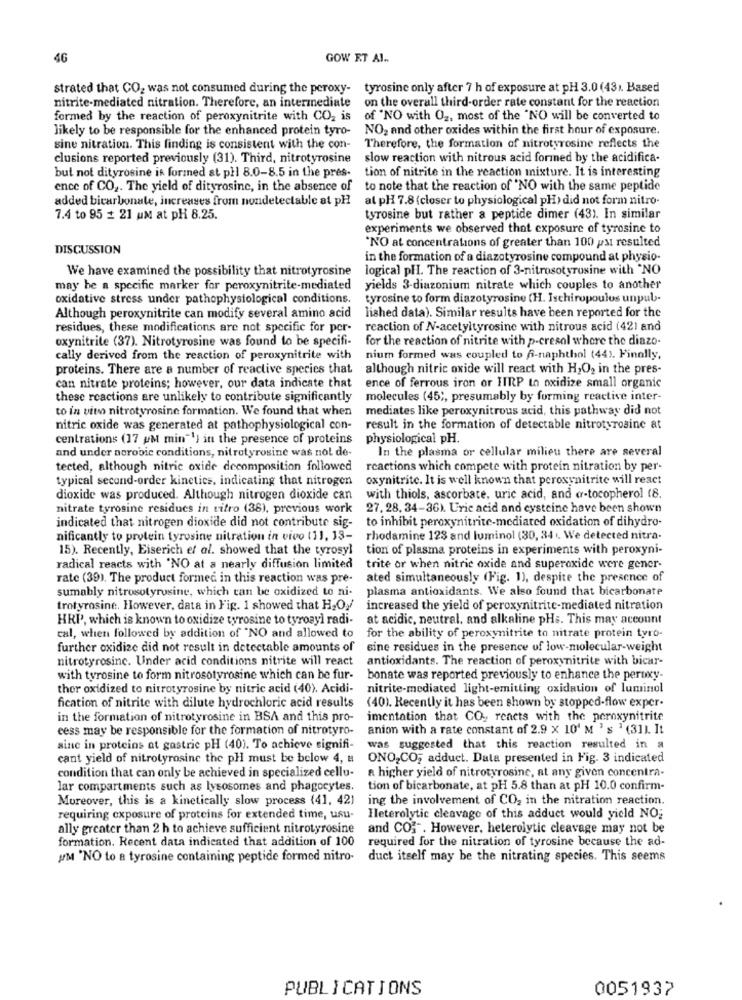
46
GOW ET AL ..
strated that CO2 was not consumed during the peroxy-
tyrosine only after 7 h of exposure at pH 3.0 (43). Based
on the overall third-order rate constant for the reaction
nitrite-mediated nitration. Therefore, an intermediate
formed by the reaction of peroxynitrite with CO2 is
of "NO with O2, most of the "NO will be converted to
likely to be responsible for the enhanced protein tyro-
NO2 and other oxides within the first hour of exposure.
sine nitration. This finding is consistent with the con-
Therefore, the formation of nitrotyrosine reflects the
clusions reported previously (31). Third, nitrotyrosine
slow reaction with nitrous acid formed by the acidifica-
but not dityrosine is formed at pll 8.0-8.5 in the pres- tion of nitrite in the reaction mixture. It is interesting
ence of CO2. The yield of dityrosine, in the absence of to note that the reaction of "NO with the same peptide
added bicarbonate, increases from nondetectable at pl?
al pH 7.8 (closer to physiological pH) did not form nitro-
7.4 to 95 : 21 uM at pH 8.25.
tyrosine but rather a peptide dimer (43). In similar
experiments we observed that exposure of tyrosine to
DISCUSSION
"NO at concentrations of greater than 100 psi resulted
in the formation of a diazotyrosine compound at physio-
We have examined the possibility that nitrotyrosine
logical pHI. The reaction of 3-nitrosotyrosine with "NO
may be a specific marker for peroxynitrite-mediated yields 3-diazonium nitrate which couples to another
oxidative stress under pathophysiological conditions.
tyrosine to form diazotyrosine (H. Ischiropoulos unpub-
Although peroxynitrite can modify several amino acid
lished data). Similar results have been reported for the
residues, these modifications are not specific for per-
reaction of N-acetyltyrosine with nitrous acid (42) and
oxynitrite (37). Nitrotyrosine was found to be specifi-
for the reaction of nitrite with p-cresol where the diazo-
cally derived from the reaction of peroxynitrite with
nium formed was coupled to 6-naphthol (44). Finally,
proteins. There are a number of reactive species that although nitric oxide will react with H,O2 in the pres-
can nitrate proteins; however, our data indicate that ence of ferrous iron or IRP to oxidize small organic
these reactions are unlikely to contribute significantly
molecules (45 ;, presumably by forming reactive inter-
to in vito nitrotyrosine formation. We found that when
mediates like peroxynitrous acid, this pathway did not
nitric oxide was generated at pathophysiological con-
result in the formation of detectable nitrotyrosine at
centrations (17 UM min"') in the presence of proteins
physiological pH.
and under norobic conditions, nitrotyrosine was not de-
In the plasma or cellular milieu there are several
tected, although nitric oxide decomposition followed
reactions which compete with protein nitration by per-
typical second-order kinetics, indicating that nitrogen
oxynitrite. It is well known that peroxynitrite will react
dioxide was produced. Although nitrogen dioxide can
with thiols, ascorbate, uric acid, and a-tocopherol 18.
nitrate tyrosine residues in vitro (38), previous work
27. 28. 34-36). Uric acid and cysteine have been shown
indicated that nitrogen dioxide did not contribute sig- to inhibit peroxynitrite-mediated oxidation of dihydro-
nificantly to protein tyrosine nitration in vivo (11, 13-
rhodamine 123 and luminol (30, 34 .. We detected nitra.
15). Recently, Eiserich et al. showed that the tyrosyl
tion of plasma proteins in experiments with peroxyni-
radical reacts with 'NO at a nearly diffusion limited
trite or when nitric oxide and superoxide were gener-
rate (39). The product formed in this reaction was pre-
ated simultaneously (Fig. 1), despite the presence of
sumably nitrosotyrosine, which can be oxidized to ni-
plasma antioxidants. We also found that bicarbonate
trotyrosine. However, data in Fig. 1 showed that H,Oy/
increased the yield of peroxynitrite-mediated nitration
HRP, which is known to oxidize tyrosine to tyroayl radi-
at acidic, neutral. and alkaline pHs. This may account
cal, when followed by addition of "NO and allowed to
for the ability of peroxynitrite to nitrate protein tyro-
further oxidize did not result in detectable amounts of
sine residues in the presence of low-molecular-weight
nitrotyrosinc. Under acid conditions nitrite will react
antioxidants. The reaction of peroxynitrite with bicar-
with tyrosine to form nitrosotyrosine which can be fur-
bonate was reported previously to enhance the peroxy-
thor oxidized to nitrotyrosine by nitric acid (40). Acidi-
nitrite-mediated light-emitting oxidation of luminol
fication of nitrite with dilute hydrochloric acid results
(40). Recently it has been shown by stopped-flow exper-
in the formation of nitrotyrosine in BSA and this pro-
imentation that CO ., reacts with the peroxynitrite
cess may be responsible for the formation of nitrotyro-
anion with a rate constant of 2.9 x 10' M ' s ' (31). It
sine in proteins at gastric pH (40). To achieve signifi-
was suggested that this reaction resulted in a
cant yield of nitrotyrosine the pHl must be below 4, a ONO, CO; adduct. Data presented in Fig. 3 indicated
condition that can only be achieved in specialized cellu-
a higher yield of nitrotyrosine, at any given concentra-
lar compartments such as lysosomes and phagocytes.
tion of bicarbonate, at pH 5.8 than at pH 10.0 confirm-
Moreover, this is a kinetically slow process (41, 42)
ing the involvement of CO2 in the nitration reaction.
requiring exposure of proteins for extended time, usu-
Ileterolytic cleavage of this adduct would yield NO:
ally greater than 2 h to achieve sufficient nitrotyrosine
and CO;". However, heterolytic cleavage may not be
formation. Recent data indicated that addition of 100
required for the nitration of tyrosine because the ad-
UM 'NO to a tyrosine containing peptide formed nitro-
duct itself may be the nitrating species. This seems
PUBLICATIONS
0051937